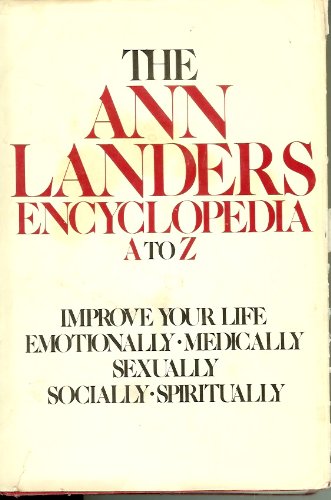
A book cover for The Ann Landers Encyclopedia, A to Z: Improve Your Life Emotionally, Medically, Sexually, Socially, Spiritually.; Health, Fitness & Dieting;